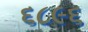
૬૮૯૬